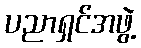
ပညာရှင်အဖွဲ့